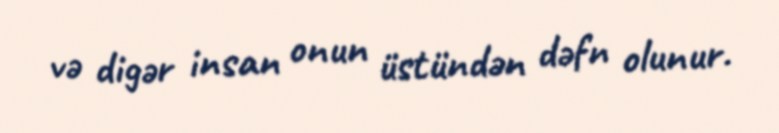
və digər insan onun üstündən dəfn olunur.